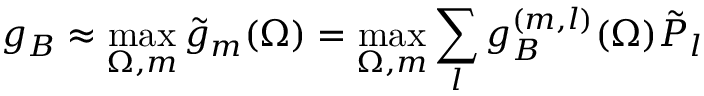
g _ { B } \approx \operatorname* { m a x } _ { \Omega , m } \Tilde { g } _ { m } ( \Omega ) = \operatorname* { m a x } _ { \Omega , m } \sum _ { l } g _ { B } ^ { ( m , l ) } ( \Omega ) \Tilde { P } _ { l }